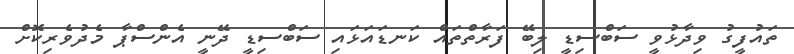
ތައުފީގު ވިދާޅުވީ ސަބްސިޑީ ލިބޭ ފަރާތްތައް ކަނޑައަޅައި ސަބްސިޑީ ދޭނީ އެންސްޕާ މެދުވެރިކޮށް